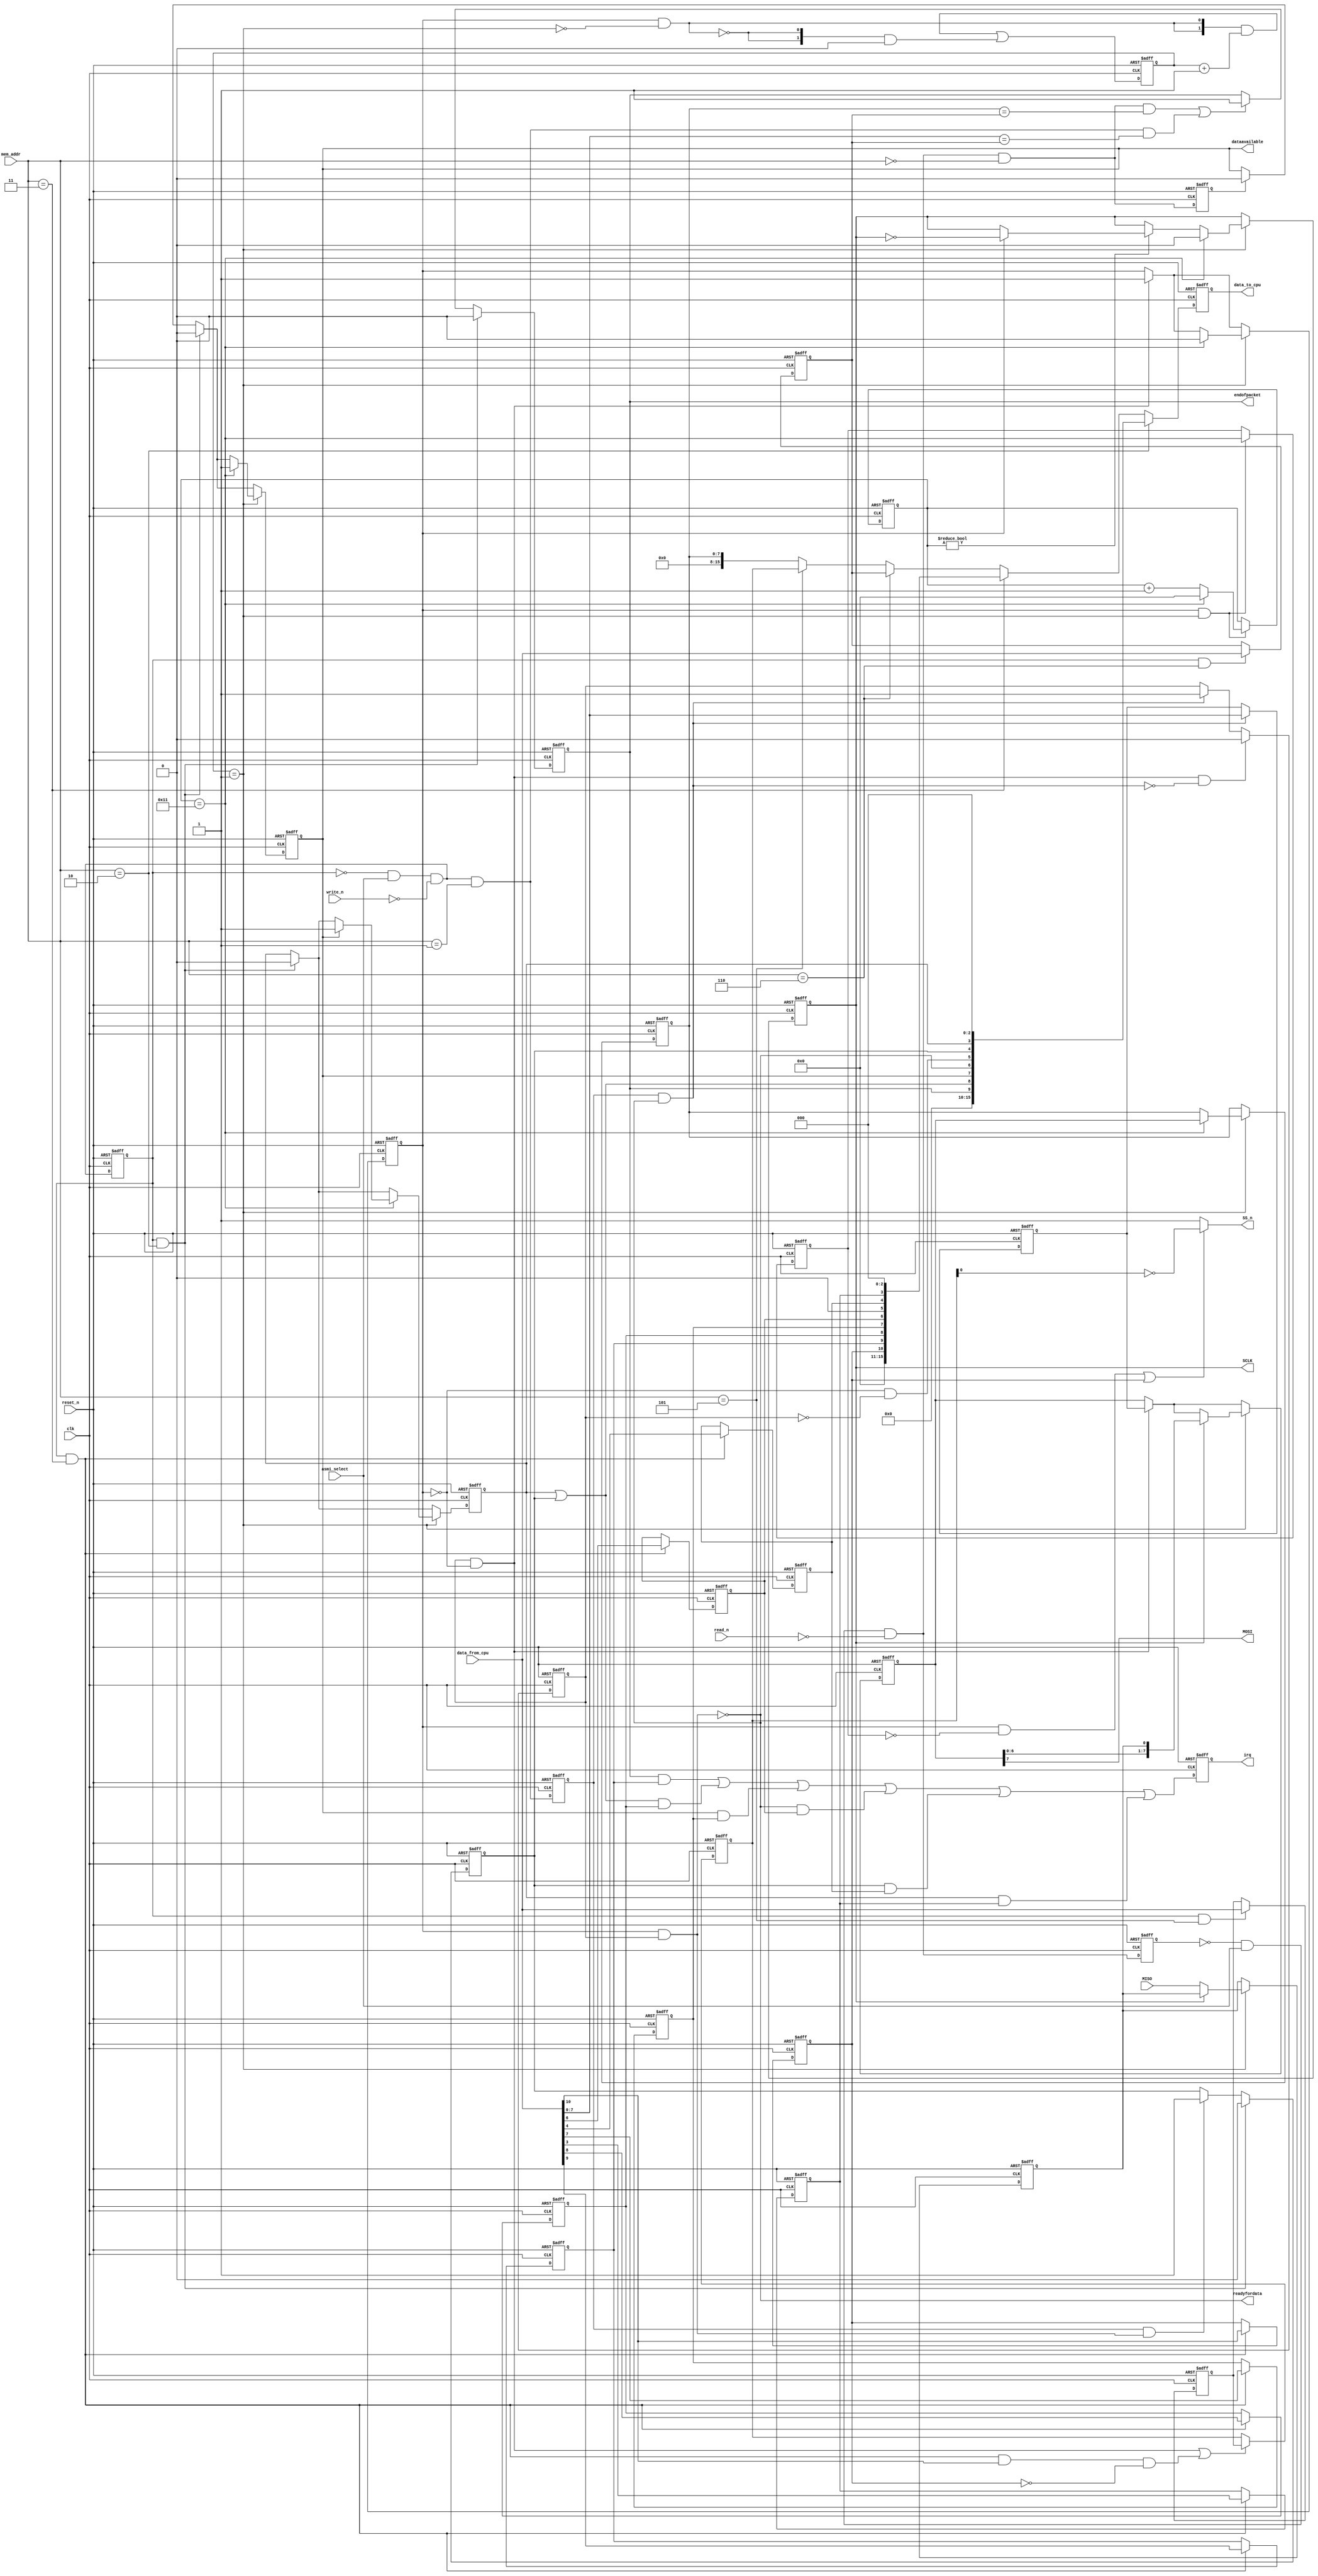
//Legal Notice: (C)2005 Altera Corporation. All rights reserved.  Your
//use of Altera Corporation's design tools, logic functions and other
//software and tools, and its AMPP partner logic functions, and any
//output files any of the foregoing (including device programming or
//simulation files), and any associated documentation or information are
//expressly subject to the terms and conditions of the Altera Program
//License Subscription Agreement or other applicable license agreement,
//including, without limitation, that your use is for the sole purpose
//of programming logic devices manufactured by Altera and sold by Altera
//or its authorized distributors.  Please refer to the applicable
//agreement for further details.

// synthesis translate_off
`timescale 1ns / 100ps
// synthesis translate_on
//Register map:
//addr      register      type
//0         read data     r
//1         write data    w
//2         status        r/w
//3         control       r/w
//4         reserved
//5         slave-enable  r/w
//6         end-of-packet-value r/w
//INPUT_CLOCK: 50000000
//ISMASTER: 1
//DATABITS: 8
//TARGETCLOCK: 20000000
//NUMSLAVES: 1
//CPOL: 0
//CPHA: 0
//LSBFIRST: 0
//EXTRADELAY: 0
//TARGETSSDELAY: 0.0001

module asmi_sub (
                  // inputs:
                   MISO,
                   asmi_select,
                   clk,
                   data_from_cpu,
                   mem_addr,
                   read_n,
                   reset_n,
                   write_n,

                  // outputs:
                   MOSI,
                   SCLK,
                   SS_n,
                   data_to_cpu,
                   dataavailable,
                   endofpacket,
                   irq,
                   readyfordata
                )
;

  output           MOSI;
  output           SCLK;
  output           SS_n;
  output  [ 15: 0] data_to_cpu;
  output           dataavailable;
  output           endofpacket;
  output           irq;
  output           readyfordata;
  input            MISO;
  input            asmi_select;
  input            clk;
  input   [ 15: 0] data_from_cpu;
  input   [  2: 0] mem_addr;
  input            read_n;
  input            reset_n;
  input            write_n;

  wire             E;
  reg              EOP;
  reg              MISO_reg;
  wire             MOSI;
  reg              ROE;
  reg              RRDY;
  wire             SCLK;
  reg              SCLK_reg;
  reg              SSO_reg;
  wire             SS_n;
  wire             TMT;
  reg              TOE;
  wire             TRDY;
  wire    [ 10: 0] asmi_control;
  reg     [ 15: 0] asmi_slave_select_holding_reg;
  reg     [ 15: 0] asmi_slave_select_reg;
  wire    [ 10: 0] asmi_status;
  wire             control_wr_strobe;
  reg              data_rd_strobe;
  reg     [ 15: 0] data_to_cpu;
  reg              data_wr_strobe;
  wire             dataavailable;
  wire             enableSS;
  wire             endofpacket;
  reg     [ 15: 0] endofpacketvalue_reg;
  wire             endofpacketvalue_wr_strobe;
  reg              iEOP_reg;
  reg              iE_reg;
  reg              iROE_reg;
  reg              iRRDY_reg;
  reg              iTMT_reg;
  reg              iTOE_reg;
  reg              iTRDY_reg;
  wire             irq;
  reg              irq_reg;
  wire             p1_data_rd_strobe;
  wire    [ 15: 0] p1_data_to_cpu;
  wire             p1_data_wr_strobe;
  wire             p1_rd_strobe;
  wire    [  1: 0] p1_slowcount;
  wire             p1_wr_strobe;
  reg              rd_strobe;
  wire             readyfordata;
  reg     [  7: 0] rx_holding_reg;
  reg     [  7: 0] shift_reg;
  wire             slaveselect_wr_strobe;
  wire             slowclock;
  reg     [  1: 0] slowcount;
  reg     [  4: 0] state;
  reg              stateZero;
  wire             status_wr_strobe;
  reg              transmitting;
  reg              tx_holding_primed;
  reg     [  7: 0] tx_holding_reg;
  reg              wr_strobe;
  wire             write_shift_reg;
  wire             write_tx_holding;
  //asmi_control_port, which is an e_avalon_slave
  assign p1_rd_strobe = ~rd_strobe & asmi_select & ~read_n;
  // Read is a two-cycle event.
  always @(posedge clk or negedge reset_n)
    begin
      if (reset_n == 0)
          rd_strobe <= 0;
      else if (1)
          rd_strobe <= p1_rd_strobe;
    end


  assign p1_data_rd_strobe = p1_rd_strobe & (mem_addr == 0);
  always @(posedge clk or negedge reset_n)
    begin
      if (reset_n == 0)
          data_rd_strobe <= 0;
      else if (1)
          data_rd_strobe <= p1_data_rd_strobe;
    end


  assign p1_wr_strobe = ~wr_strobe & asmi_select & ~write_n;
  // Write is a two-cycle event.
  always @(posedge clk or negedge reset_n)
    begin
      if (reset_n == 0)
          wr_strobe <= 0;
      else if (1)
          wr_strobe <= p1_wr_strobe;
    end


  assign p1_data_wr_strobe = p1_wr_strobe & (mem_addr == 1);
  always @(posedge clk or negedge reset_n)
    begin
      if (reset_n == 0)
          data_wr_strobe <= 0;
      else if (1)
          data_wr_strobe <= p1_data_wr_strobe;
    end


  assign control_wr_strobe = wr_strobe & (mem_addr == 3);
  assign status_wr_strobe = wr_strobe & (mem_addr == 2);
  assign slaveselect_wr_strobe = wr_strobe & (mem_addr == 5);
  assign endofpacketvalue_wr_strobe = wr_strobe & (mem_addr == 6);
  assign TMT = ~transmitting & ~tx_holding_primed;
  assign E = ROE | TOE;
  assign asmi_status = {EOP, E, RRDY, TRDY, TMT, TOE, ROE, 3'b0};
  // Streaming data ready for pickup.
  assign dataavailable = RRDY;

  // Ready to accept streaming data.
  assign readyfordata = TRDY;

  // Endofpacket condition detected.
  assign endofpacket = EOP;

  always @(posedge clk or negedge reset_n)
    begin
      if (reset_n == 0)
        begin
          iEOP_reg <= 0;
          iE_reg <= 0;
          iRRDY_reg <= 0;
          iTRDY_reg <= 0;
          iTMT_reg <= 0;
          iTOE_reg <= 0;
          iROE_reg <= 0;
          SSO_reg <= 0;
        end
      else if (control_wr_strobe)
        begin
          iEOP_reg <= data_from_cpu[9];
          iE_reg <= data_from_cpu[8];
          iRRDY_reg <= data_from_cpu[7];
          iTRDY_reg <= data_from_cpu[6];
          iTMT_reg <= data_from_cpu[5];
          iTOE_reg <= data_from_cpu[4];
          iROE_reg <= data_from_cpu[3];
          SSO_reg <= data_from_cpu[10];
        end
    end


  assign asmi_control = {SSO_reg, iEOP_reg, iE_reg, iRRDY_reg, iTRDY_reg, 1'b0, iTOE_reg, iROE_reg, 3'b0};
  // IRQ output.
  always @(posedge clk or negedge reset_n)
    begin
      if (reset_n == 0)
          irq_reg <= 0;
      else if (1)
          irq_reg <= (EOP & iEOP_reg) | ((TOE | ROE) & iE_reg) | (RRDY & iRRDY_reg) | (TRDY & iTRDY_reg) | (TOE & iTOE_reg) | (ROE & iROE_reg);
    end


  assign irq = irq_reg;
  // Slave select register.
  always @(posedge clk or negedge reset_n)
    begin
      if (reset_n == 0)
          asmi_slave_select_reg <= 1;
      else if (write_shift_reg || control_wr_strobe & data_from_cpu[10] & ~SSO_reg)
          asmi_slave_select_reg <= asmi_slave_select_holding_reg;
    end


  // Slave select holding register.
  always @(posedge clk or negedge reset_n)
    begin
      if (reset_n == 0)
          asmi_slave_select_holding_reg <= 1;
      else if (slaveselect_wr_strobe)
          asmi_slave_select_holding_reg <= data_from_cpu;
    end


  // slowclock is active once every 2 system clock pulses.
  assign slowclock = slowcount == 2'h1;

  assign p1_slowcount = ({2 {(transmitting && !slowclock)}} & (slowcount + 1)) |
    ({2 {(~((transmitting && !slowclock)))}} & 0);

  // Divide counter for SPI clock.
  always @(posedge clk or negedge reset_n)
    begin
      if (reset_n == 0)
          slowcount <= 0;
      else if (1)
          slowcount <= p1_slowcount;
    end


  // End-of-packet value register.
  always @(posedge clk or negedge reset_n)
    begin
      if (reset_n == 0)
          endofpacketvalue_reg <= 0;
      else if (endofpacketvalue_wr_strobe)
          endofpacketvalue_reg <= data_from_cpu;
    end


  assign p1_data_to_cpu = ((mem_addr == 2))? asmi_status :
    ((mem_addr == 3))? asmi_control :
    ((mem_addr == 6))? endofpacketvalue_reg :
    ((mem_addr == 5))? asmi_slave_select_reg :
    rx_holding_reg;

  always @(posedge clk or negedge reset_n)
    begin
      if (reset_n == 0)
          data_to_cpu <= 0;
      else 
        // Data to cpu.
        data_to_cpu <= p1_data_to_cpu;

    end


  // 'state' counts from 0 to 17.
  always @(posedge clk or negedge reset_n)
    begin
      if (reset_n == 0)
        begin
          state <= 0;
          stateZero <= 1;
        end
      else if (transmitting & slowclock)
        begin
          stateZero <= state == 17;
          if (state == 17)
              state <= 0;
          else 
            state <= state + 1;
        end
    end


  assign enableSS = transmitting & ~stateZero;
  assign MOSI = shift_reg[7];
  assign SS_n = (enableSS | SSO_reg) ? ~asmi_slave_select_reg : {1 {1'b1} };
  assign SCLK = SCLK_reg;
  // As long as there's an empty spot somewhere,
  //it's safe to write data.
  assign TRDY = ~(transmitting & tx_holding_primed);

  // Enable write to tx_holding_register.
  assign write_tx_holding = data_wr_strobe & TRDY;

  // Enable write to shift register.
  assign write_shift_reg = tx_holding_primed & ~transmitting;

  always @(posedge clk or negedge reset_n)
    begin
      if (reset_n == 0)
        begin
          shift_reg <= 0;
          rx_holding_reg <= 0;
          EOP <= 0;
          RRDY <= 0;
          ROE <= 0;
          TOE <= 0;
          tx_holding_reg <= 0;
          tx_holding_primed <= 0;
          transmitting <= 0;
          SCLK_reg <= 0;
          MISO_reg <= 0;
        end
      else 
        begin
          if (write_tx_holding)
            begin
              tx_holding_reg <= data_from_cpu;
              tx_holding_primed <= 1;
            end
          if (data_wr_strobe & ~TRDY)
              // You wrote when I wasn't ready.
              TOE <= 1;

          // EOP must be updated by the last (2nd) cycle of access.
          if ((p1_data_rd_strobe && (rx_holding_reg == endofpacketvalue_reg)) || (p1_data_wr_strobe && (data_from_cpu[7 : 0] == endofpacketvalue_reg)))
              EOP <= 1;
          if (write_shift_reg)
            begin
              shift_reg <= tx_holding_reg;
              transmitting <= 1;
            end
          if (write_shift_reg & ~write_tx_holding)
              // Clear tx_holding_primed
              tx_holding_primed <= 0;

          if (data_rd_strobe)
              // On data read, clear the RRDY bit.
              RRDY <= 0;

          if (status_wr_strobe)
            begin
              // On status write, clear all status bits (ignore the data).
              EOP <= 0;

              RRDY <= 0;
              ROE <= 0;
              TOE <= 0;
            end
          if (slowclock)
            begin
              if (state == 17)
                begin
                  transmitting <= 0;
                  RRDY <= 1;
                  rx_holding_reg <= shift_reg;
                  SCLK_reg <= 0;
                  if (RRDY)
                      ROE <= 1;
                end
              else if (state != 0)
                  if (transmitting)
                      SCLK_reg <= ~SCLK_reg;
              if (SCLK_reg ^ 0 ^ 0)
                begin
                  if (1)
                      shift_reg <= {shift_reg[6 : 0], MISO_reg};
                end
              else 
                MISO_reg <= MISO;
            end
        end
    end



endmodule


module tornado_asmi_atom (
                           // inputs:
                            dclkin,
                            oe,
                            scein,
                            sdoin,

                           // outputs:
                            data0out
                         )
;

  output           data0out;
  input            dclkin;
  input            oe;
  input            scein;
  input            sdoin;

  wire             data0out;

//synthesis translate_off
//////////////// SIMULATION-ONLY CONTENTS
  assign data0out = sdoin | scein | dclkin | oe;

//////////////// END SIMULATION-ONLY CONTENTS

//synthesis translate_on
//synthesis read_comments_as_HDL on
//  tornado_spiblock the_tornado_spiblock
//    (
//      .data0out (data0out),
//      .dclkin (dclkin),
//      .oe (oe),
//      .scein (scein),
//      .sdoin (sdoin)
//    );
//
//
//synthesis read_comments_as_HDL off

endmodule


module asmi (
              // inputs:
               asmi_select,
               clk,
               data_from_cpu,
               mem_addr,
               read_n,
               reset_n,
               write_n,

              // outputs:
               data_to_cpu,
               dataavailable,
               endofpacket,
               irq,
               readyfordata
            )
;

  output  [ 15: 0] data_to_cpu;
  output           dataavailable;
  output           endofpacket;
  output           irq;
  output           readyfordata;
  input            asmi_select;
  input            clk;
  input   [ 15: 0] data_from_cpu;
  input   [  2: 0] mem_addr;
  input            read_n;
  input            reset_n;
  input            write_n;

  wire             MISO;
  wire             MOSI;
  wire             SCLK;
  wire             SS_n;
  wire    [ 15: 0] data_to_cpu;
  wire             dataavailable;
  wire             endofpacket;
  wire             irq;
  wire             readyfordata;
  asmi_sub the_asmi_sub
    (
      .MISO          (MISO),
      .MOSI          (MOSI),
      .SCLK          (SCLK),
      .SS_n          (SS_n),
      .asmi_select   (asmi_select),
      .clk           (clk),
      .data_from_cpu (data_from_cpu),
      .data_to_cpu   (data_to_cpu),
      .dataavailable (dataavailable),
      .endofpacket   (endofpacket),
      .irq           (irq),
      .mem_addr      (mem_addr),
      .read_n        (read_n),
      .readyfordata  (readyfordata),
      .reset_n       (reset_n),
      .write_n       (write_n)
    );

  //asmi_control_port, which is an e_avalon_slave
  tornado_asmi_atom the_tornado_asmi_atom
    (
      .data0out (MISO),
      .dclkin   (SCLK),
      .oe       (1'b0),
      .scein    (SS_n),
      .sdoin    (MOSI)
    );


endmodule